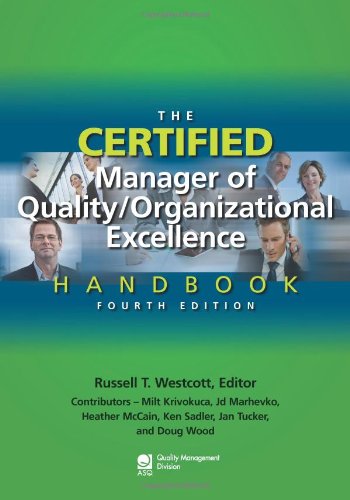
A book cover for The Certified Manager of Quality/Organizational Excellence Handbook, Fourth Edition; Russell T. Westcott; Business & Money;